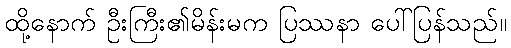
ထို့နောက် ဦးကြီး၏မိန်းမက ပြဿနာ ပေါ်ပြန်သည်။